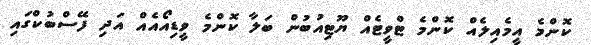
ކޮންމެ އީމެއިލެއް ކޮންމެ ޓްވީޓެއް ޔޫޓިއުބުން ބަލާ ކޮންމެ ވީޑިއޯއެއް އަދި ފޭސްބުކްގައި